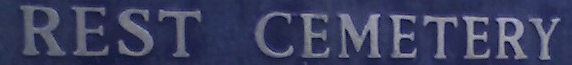
REST CEMETERY